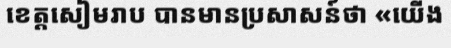
ខេត្តសៀមរាប បានមានប្រសាសន៍ថា «យើង